NAE_EAA_T-1039_V_I__Lenini_nimeline_kalurikolhoos, lk 6
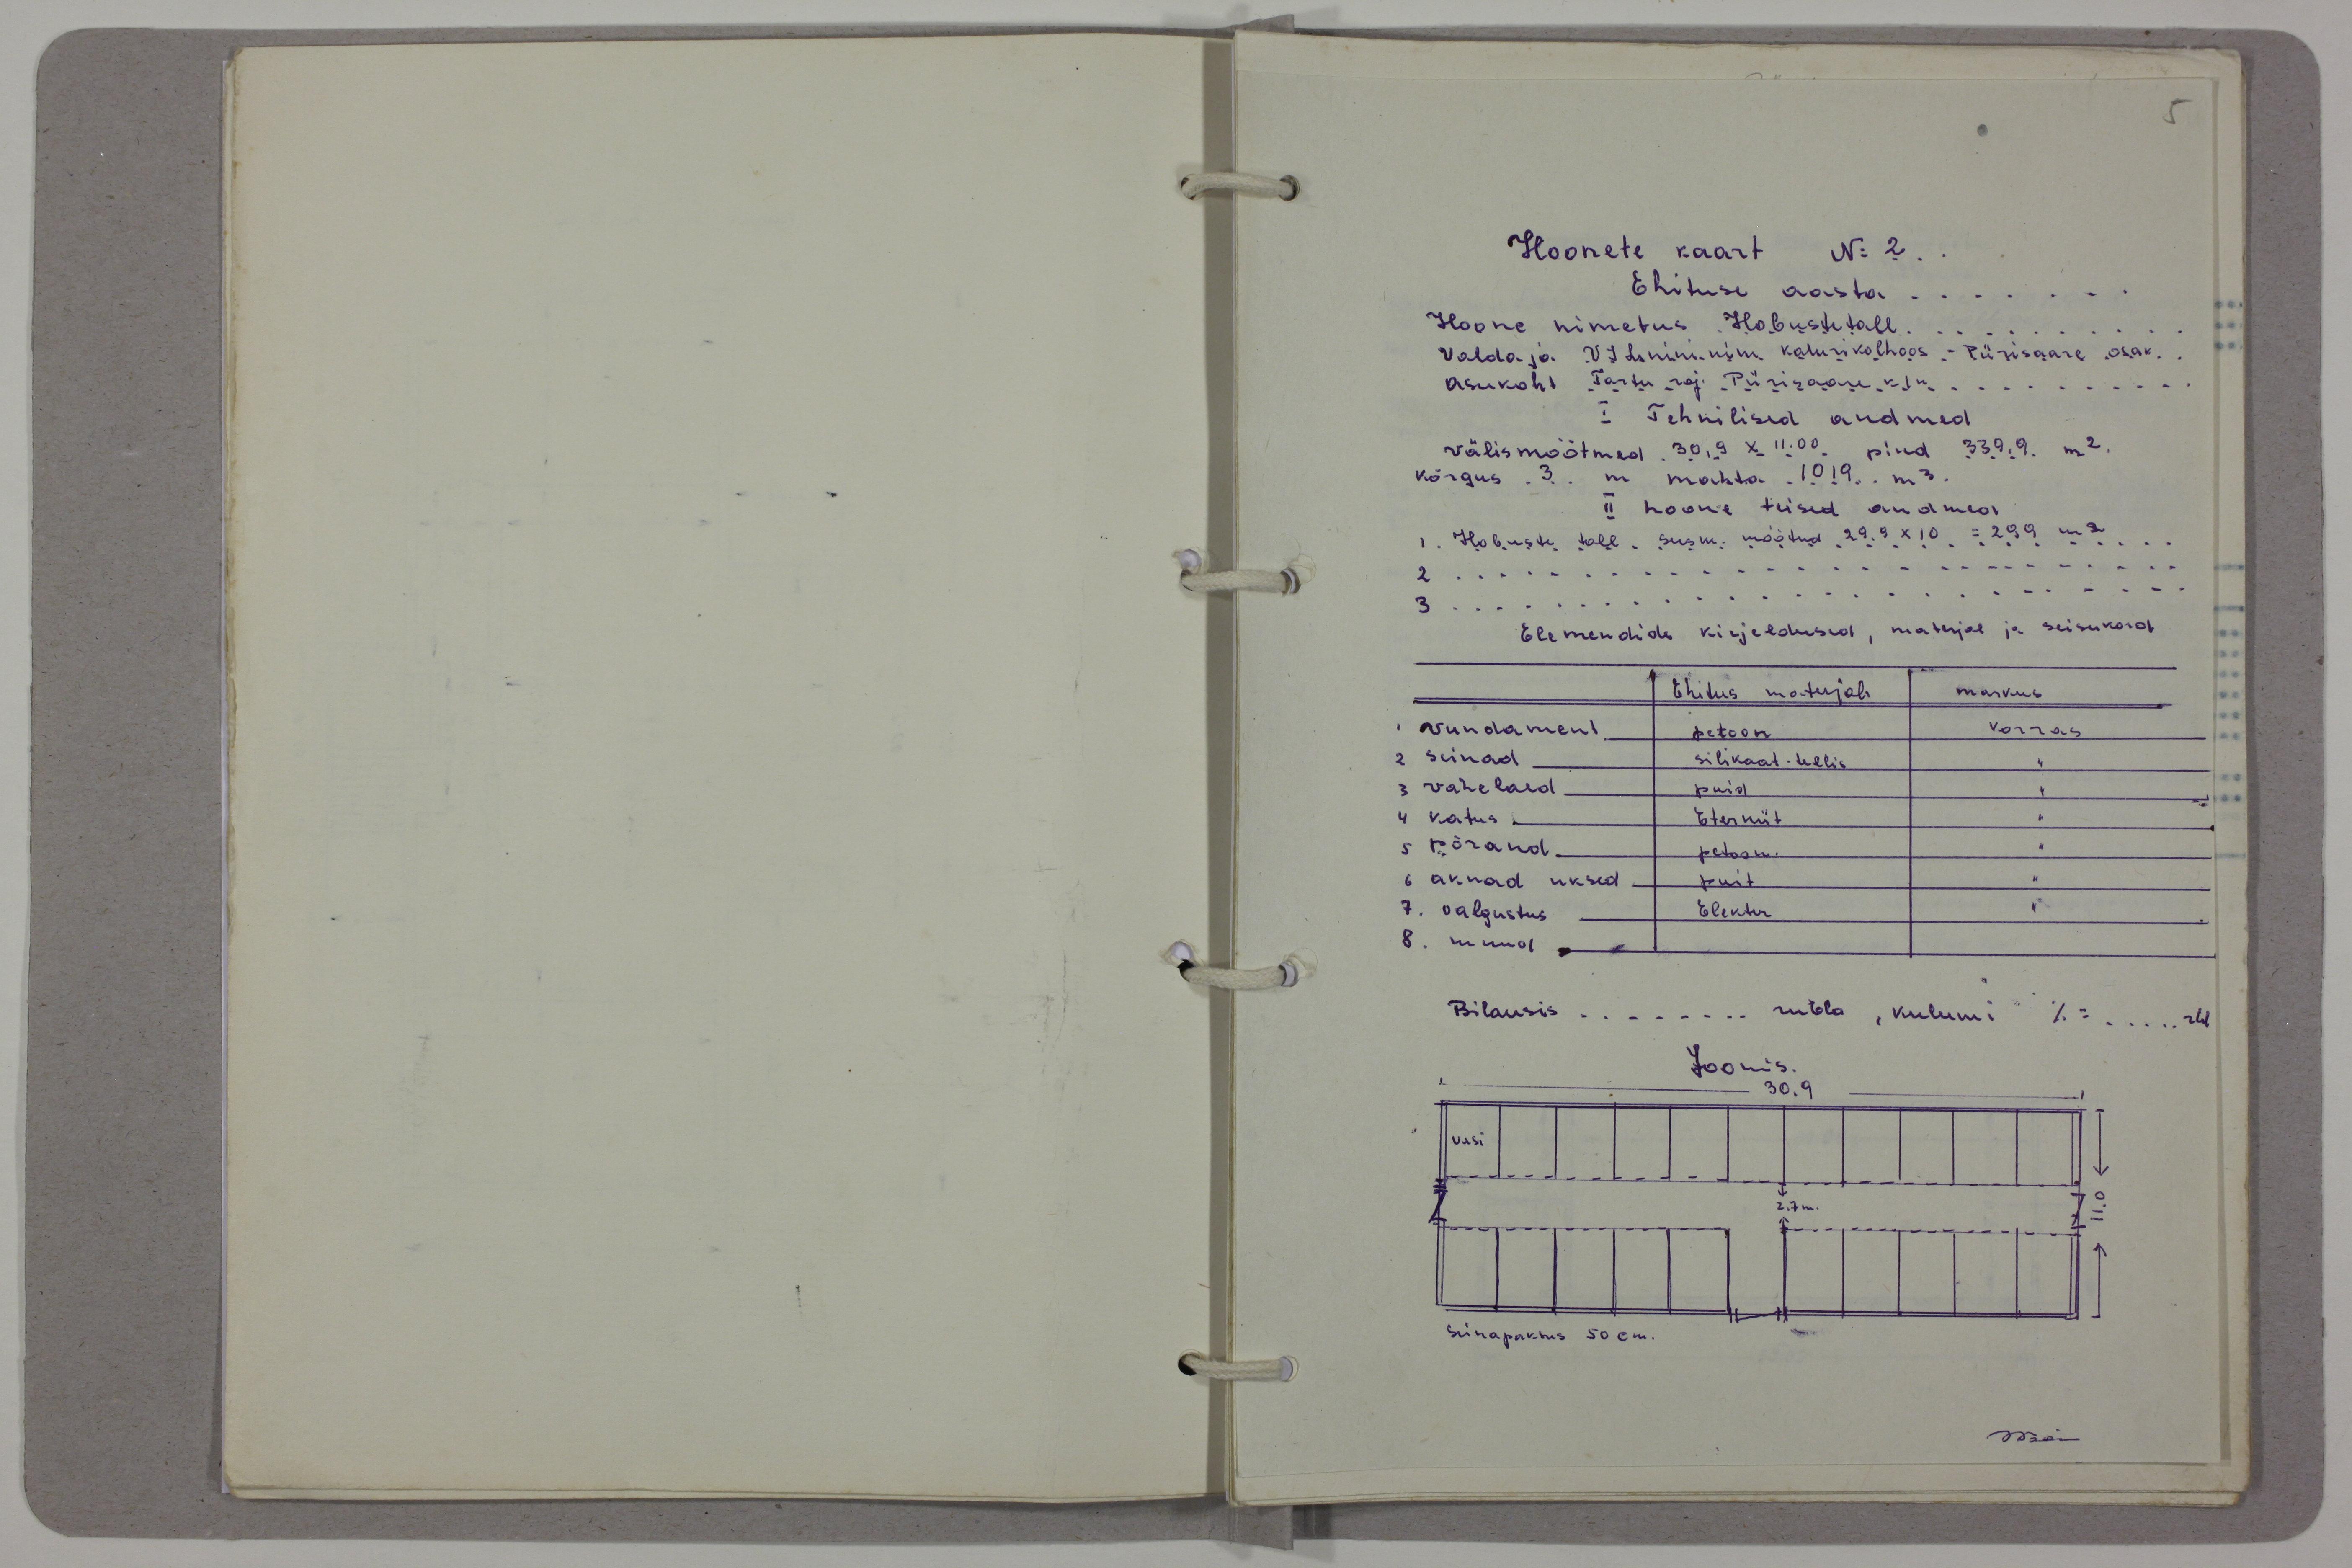
Hoonete kaart No 2.
Ehituse aasta
Hoone nimetus Hobustetall
Valdaja V I. Lenini nim kalurikolhoos. Piirisaare osak.,
Asukoht Tartu raj. Piirisaare k/n
I Tehnilised andmed
välismõõtmed 30.9 X 11.00 pind 339.9 m2.
kõrgus 3 m mahtu 1019 m3.
II hoone teised andmed
1. Hobuste tall, seesm. möötud 29.9X10 = 299 m2
2
3
Elemendide kirjeldused, materjal ja seisukord
Ehitus materjali
markus
vundament
petoon
Korras.
2 seinad
silikaat-tellis.
3 vahelaed
puid
4 katus.
Eterniit
5 põrand.
petoon
6 aknad uksed.
puit
7. valgustus.
Elekter
8. muud
Bilansis -------- rubla, kulumi % ..... rbl
Joonis
30.9
vesi
2,7 m.
Seinapaksus 50cm.
Määr